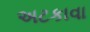
અટકાવા